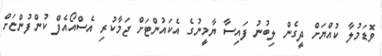
ވޮޑަމުލާ ކުއްޔަށް ދީގެން ލިބުނު ފައިސާ ޔާމީނުގެ އެކައުންޓަށް ޖަމާކުރި އެސްއޯއެފް ކުންފުންޏަށް